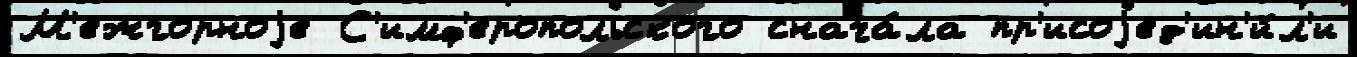
М'ежгорноjе С'имф'еропольского снача́ла пр'исоjед'ин'и́л'и